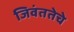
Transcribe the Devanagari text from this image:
जिवंततेचे